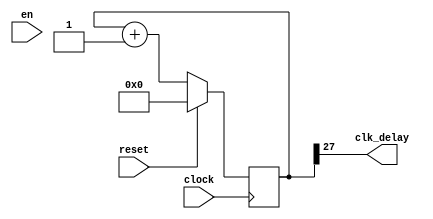

module clk_delay(
    input clock,
    input reset,
    input en,
    output clk_delay
    );
    
reg [31:0] count;

always@(posedge clock) begin
    if(reset == 1)
        count <= 0;
    else
        count <= count + 1;  
end

assign clk_delay = count[27];

endmodule